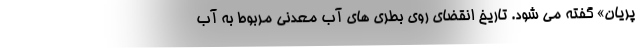
پریان» گفته می شود. تاریخ انقضای روی بطری های آب معدنی مربوط به آب